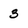
Character: 3